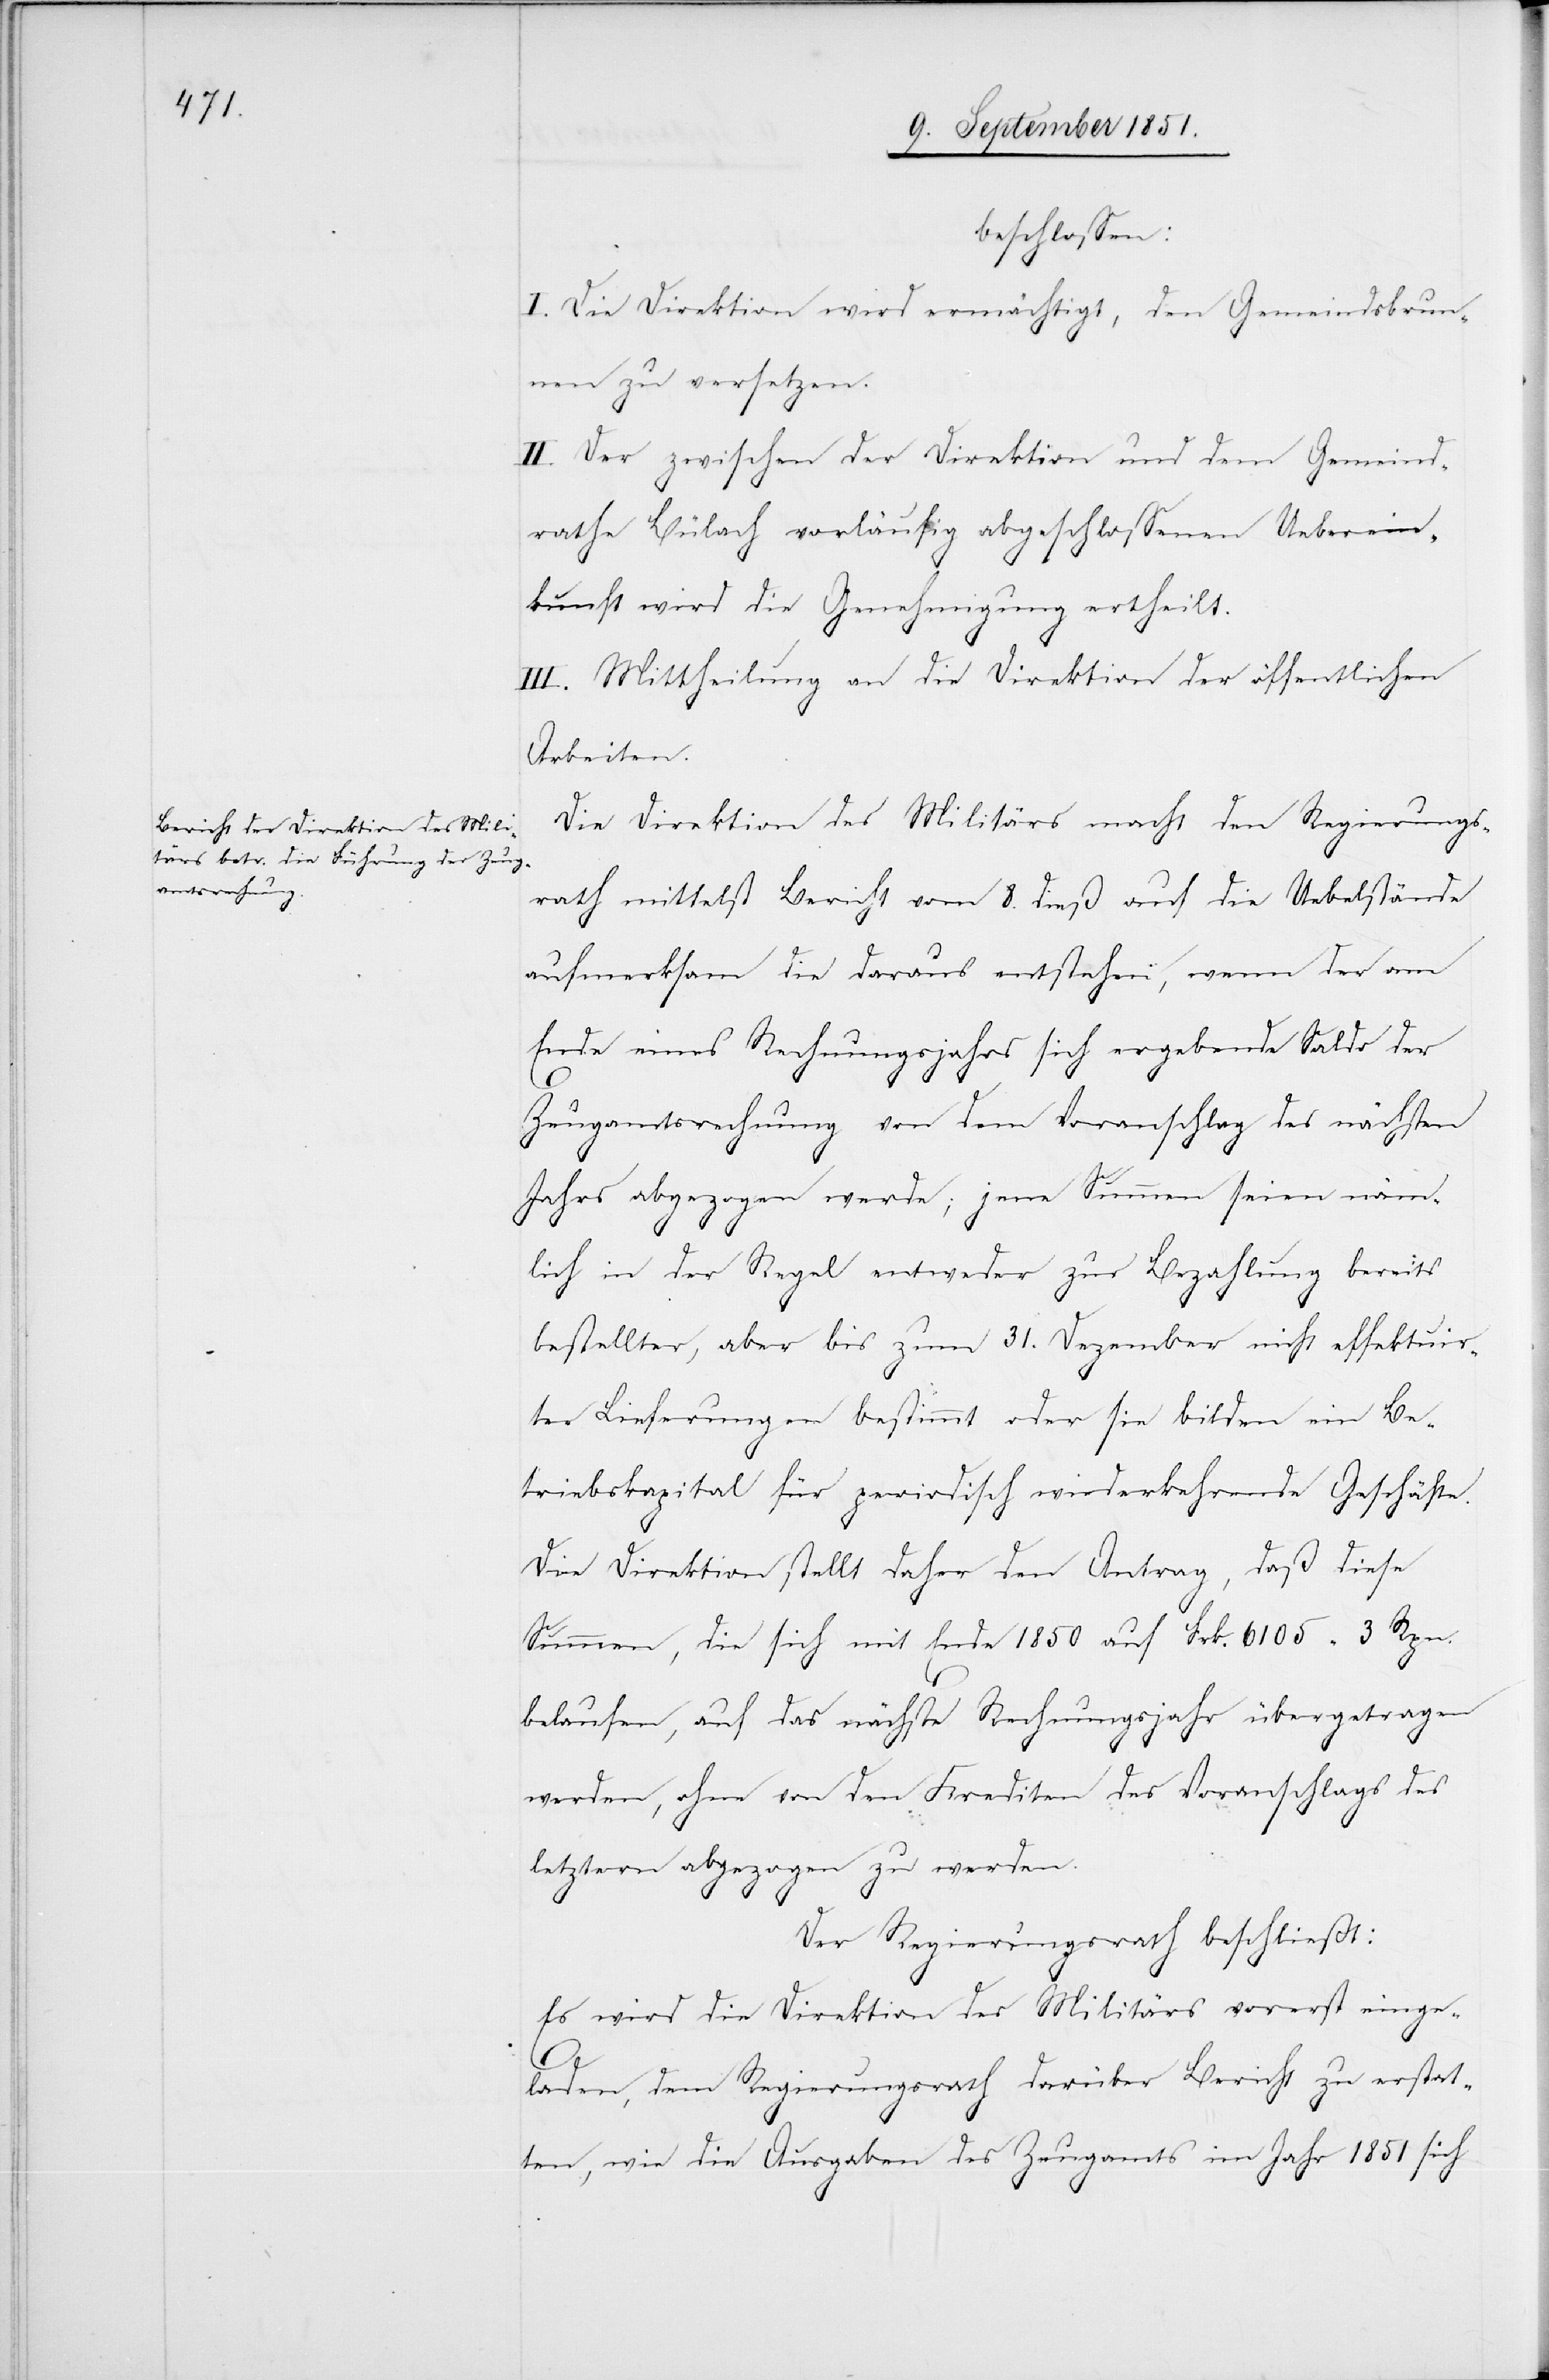
beschlossen:
I. Die Direktion wird ermächtigt, den Gemeindsbrun¬
nen zu versetzen.
II. Der zwischen der Direktion und dem Gemeind¬
rathe Bülach vorläufig abgeschlossenen Ueberein¬
kunft wird die Genehmigung ertheilt.
III. Mittheilung an die Direktion der öffentlichen
Arbeiten.
Die Direktion des Militärs macht den Regierungs¬
rath mittelst Bericht vom 8. dieß auf die Uebelstände
aufmerksam die daraus entstehen, wenn der am
Ende eines Rechnungsjahrs sich ergebende Saldo der
Zeugamtsrechnung von dem Voranschlag des nächsten
Jahrs abgezogen werde; jene Summen seien näm¬
lich in der Regel entweder zur Bezahlung bereits
bestellter, aber bis zum 31. Dezember nicht effektuir¬
ter Lieferungen bestimmt oder sie bilden ein Be¬
triebskapital für periodisch wiederkehrende Geschäfte.
Die Direktion stellt daher den Antrag, daß diese
Summen, die sich mit Ende 1850 auf Frk. 6105 3 Rpn.
belaufen, auf das nächste Rechnungsjahr übergetragen
werden, ohne von den Krediten des Voranschlags des
letztern abgezogen zu werden.
Der Regierungsrath beschließt:
Es wird die Direktion des Militärs vorerst einge¬
laden, dem Regierungsrath darüber Bericht zu erstat¬
ten, wie die Ausgaben des Zeugamts im Jahr 1851 sich